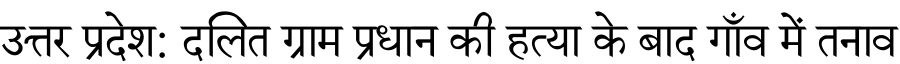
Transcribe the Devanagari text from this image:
उत्तर प्रदेश: दलित ग्राम प्रधान की हत्या के बाद गाँव में तनाव